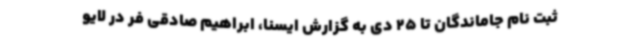
ثبت نام جاماندگان تا 25 دی به گزارش ایسنا، ابراهیم صادقی فر در لایو